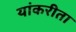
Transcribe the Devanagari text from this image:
यांकरीता